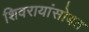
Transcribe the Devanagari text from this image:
शिवरायांसोबत